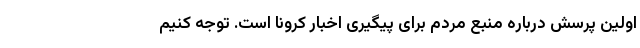
اولین پرسش درباره منبع مردم برای پیگیری اخبار کرونا است. توجه کنیم